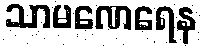
သာမဏေရေန